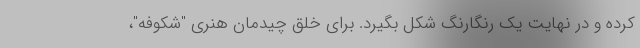
کرده و در نهایت یک رنگارنگ شکل بگیرد. برای خلق چیدمان هنری "شکوفه"،